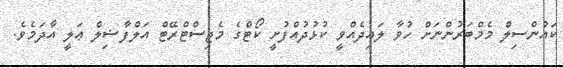
ކައުންސިލް މެމްބަރުންނަށް ހުވާ ލައިދެއްވީ ކުޅުދުއްފުށީ ކޯޓްގެ މެޖިސްޓްރޭޓް އަލްފާޟިލް ޢަލީ އާދަމެވެ.